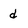
Character: d